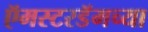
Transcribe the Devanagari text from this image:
ऍमस्टरडॅमच्या